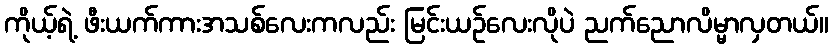
ကိုယ့်ရဲ့ ဖီးယက်ကားအသစ်လေးကလည်း မြင်းယဉ်လေးလိုပဲ ညက်ညောလိမ္မာလှတယ်။